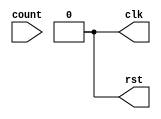
module stimulus (count, clk, rst);

	input [3:0] count;
	output clk, rst;
	
	reg clk, rst;
	
	always
		#5 clk = ~clk; //toggle clk every 5 time units

	initial
	begin
		clk = 1'b0; //at t = 0, set clk to 0
		rst = 1'b1; //at t = 0, set rst to 1 to clear the counter
		#20 rst = 1'b0;	//at t = 20, set rst to 0 to run the counter
		#128 rst = 1'b1; //at t = 148, set rst to 1 to clear the counter
		#40 rst = 1'b0;	//at t = 188, set rst to 0 to restart the counter		
	end

	// monitor the outputs
	initial
		$monitor($time, ", rst = %b, count = %d", rst, count);

endmodule